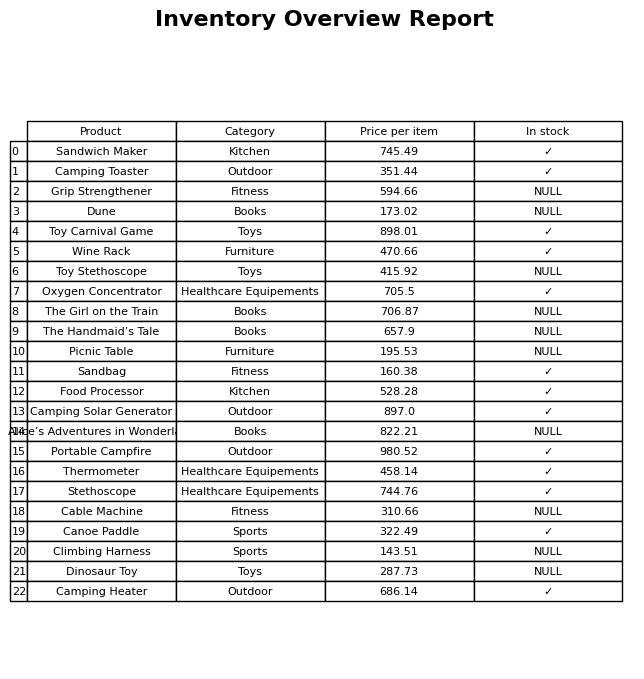
question: What is the price of the Stethoscope?
answer: The price of Stethoscope is 744.76.